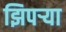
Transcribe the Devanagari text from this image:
झिपऱ्या